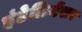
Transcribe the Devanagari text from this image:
इंटेलिजेंसर